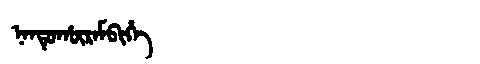
Manchu: ᠨᠠᠨᡨᡠᡥᡡᡵᠠᠮᠪᡳᡥᡝ
Romanization: NANTUHŪRAMBIHE